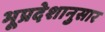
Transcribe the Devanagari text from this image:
भूप्रदेशानुसार